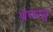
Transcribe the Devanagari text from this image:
प्रचरतु